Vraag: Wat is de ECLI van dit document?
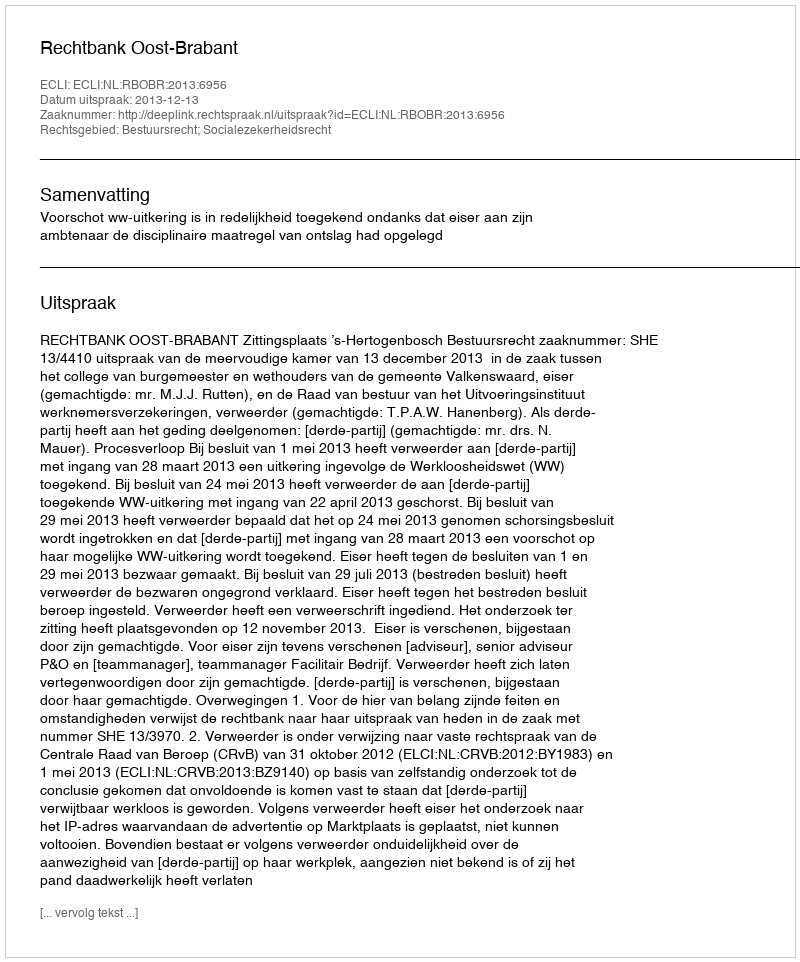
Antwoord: ECLI:NL:RBOBR:2013:6956